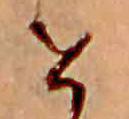
せ